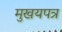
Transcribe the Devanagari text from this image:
मुखयपत्र